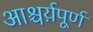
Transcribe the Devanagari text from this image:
आश्चर्य़पूर्ण